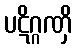
ပဋိဂ္ဂဏှိ